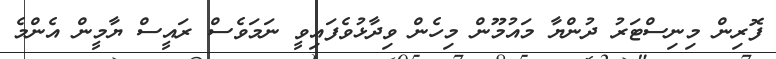
ފޮރިން މިނިސްޓަރު ދުންޔާ މައުމޫން މިހެން ވިދާޅުވެފައިވީ ނަމަވެސް ރައީސް ޔާމީން އެންމެ